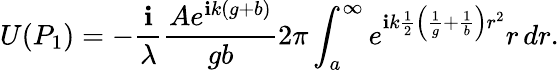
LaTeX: U(P_{1})=-{\frac{\mathbf{i}}{\lambda}}{\frac{Ae^{\mathbf{i}k(g+b)}}{gb}}2\pi\int_{a}^{\infty}e^{\mathbf{i}k{\frac{1}{2}}\left({\frac{1}{g}}+{\frac{1}{b}}\right)r^{2}}r\, dr.